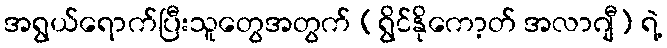
အရွယ်ရောက်ပြီးသူတွေအတွက် (ရွိင်နိုကော့တ် အလာဂျီ) ရဲ့